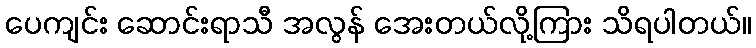
ပေကျင်း ဆောင်းရာသီ အလွန် အေးတယ်လို့ကြား သိရပါတယ်။